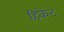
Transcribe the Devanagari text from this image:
हिकेट